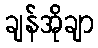
ချန်အိုချာ